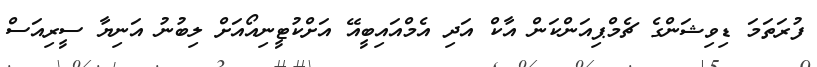
ފުރަތަމަ ޑިވިޝަންގެ ޗެމްޕިއަންކަން އާކް އަދި އެމްއައިބީއޭ އަށްކުޓީނިއޯއަށް ލިބުނު އަނިޔާ ސީރިއަސް